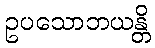
ဥပသောဘယန္တိ